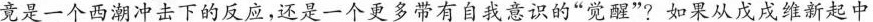
竟是一个西潮冲击下的反应，还是一个更多带有自我意识的”觉醒”?如果从戊戌维新起中